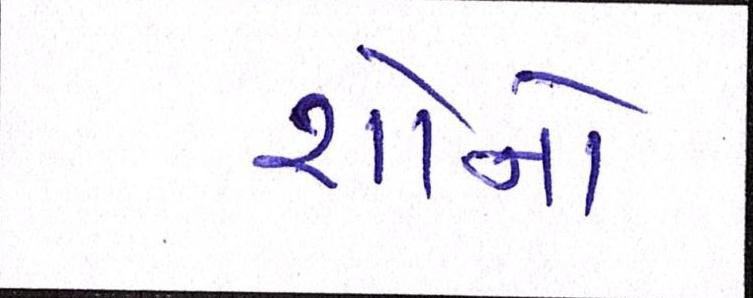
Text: શૉનો